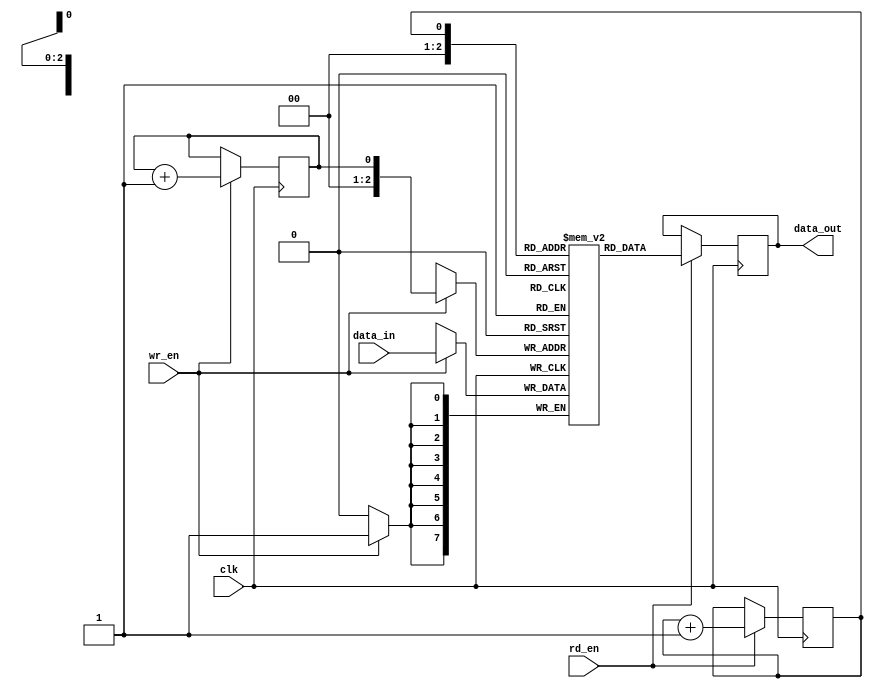
module non_blocking_fifo (
  input wire clk,
  input wire wr_en,
  input wire rd_en,
  input wire [7:0] data_in,
  output wire [7:0] data_out
);

reg [7:0] fifo [0:7];
reg wr_ptr = 0;
reg rd_ptr = 0;

always @(posedge clk) begin
  if (wr_en) begin
    fifo[wr_ptr] <= data_in;
    wr_ptr <= wr_ptr + 1;
  end

  if (rd_en) begin
    data_out <= fifo[rd_ptr];
    rd_ptr <= rd_ptr + 1;
  end
end

endmodule